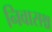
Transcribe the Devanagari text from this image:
निवासश्च